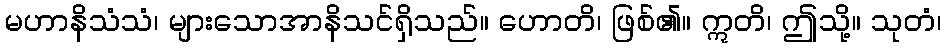
မဟာနိသံသံ၊ များသောအာနိသင်ရှိသည်။ ဟောတိ၊ ဖြစ်၏။ ဣတိ၊ ဤသို့။ သုတံ၊